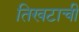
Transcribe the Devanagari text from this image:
तिखटाची